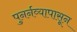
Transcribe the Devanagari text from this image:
पुनर्नव्यापासून